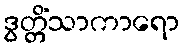
ဒွတ္တိံသာကာရော